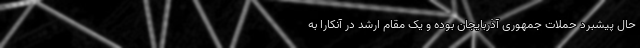
حال پیشبرد حملات جمهوری آذربایجان بوده و یک مقام ارشد در آنکارا به